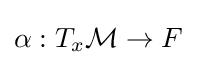
\alpha :T_{x}{\mathcal {M}}\to F